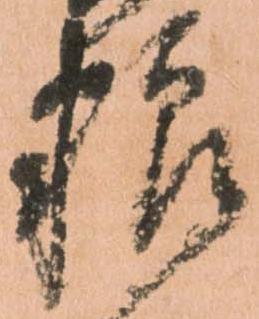
粮